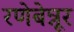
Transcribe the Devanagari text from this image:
रणेबेन्नूर